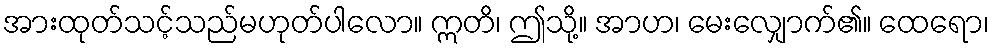
အားထုတ်သင့်သည်မဟုတ်ပါလော။ ဣတိ၊ ဤသို့။ အာဟ၊ မေးလျှောက်၏။ ထေရော၊